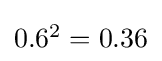
{\textstyle 0.6^{2}=0.36}